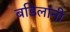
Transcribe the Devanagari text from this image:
बडिलांनी